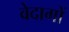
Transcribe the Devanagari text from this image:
वेदागों